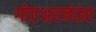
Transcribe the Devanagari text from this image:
गोएअरनंतर